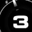
Digit: 3